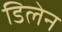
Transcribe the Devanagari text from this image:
डिलेन